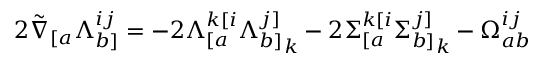
2 \tilde { \nabla } _ { [ a } \Lambda _ { b ] } ^ { i j } = - 2 \Lambda _ { [ a } ^ { k [ i } { \Lambda _ { b ] } ^ { j ] } } _ { k } - 2 { \Sigma _ { [ a } ^ { k [ i } } { \Sigma _ { b ] } ^ { j ] } } _ { k } - \Omega _ { a b } ^ { i j }